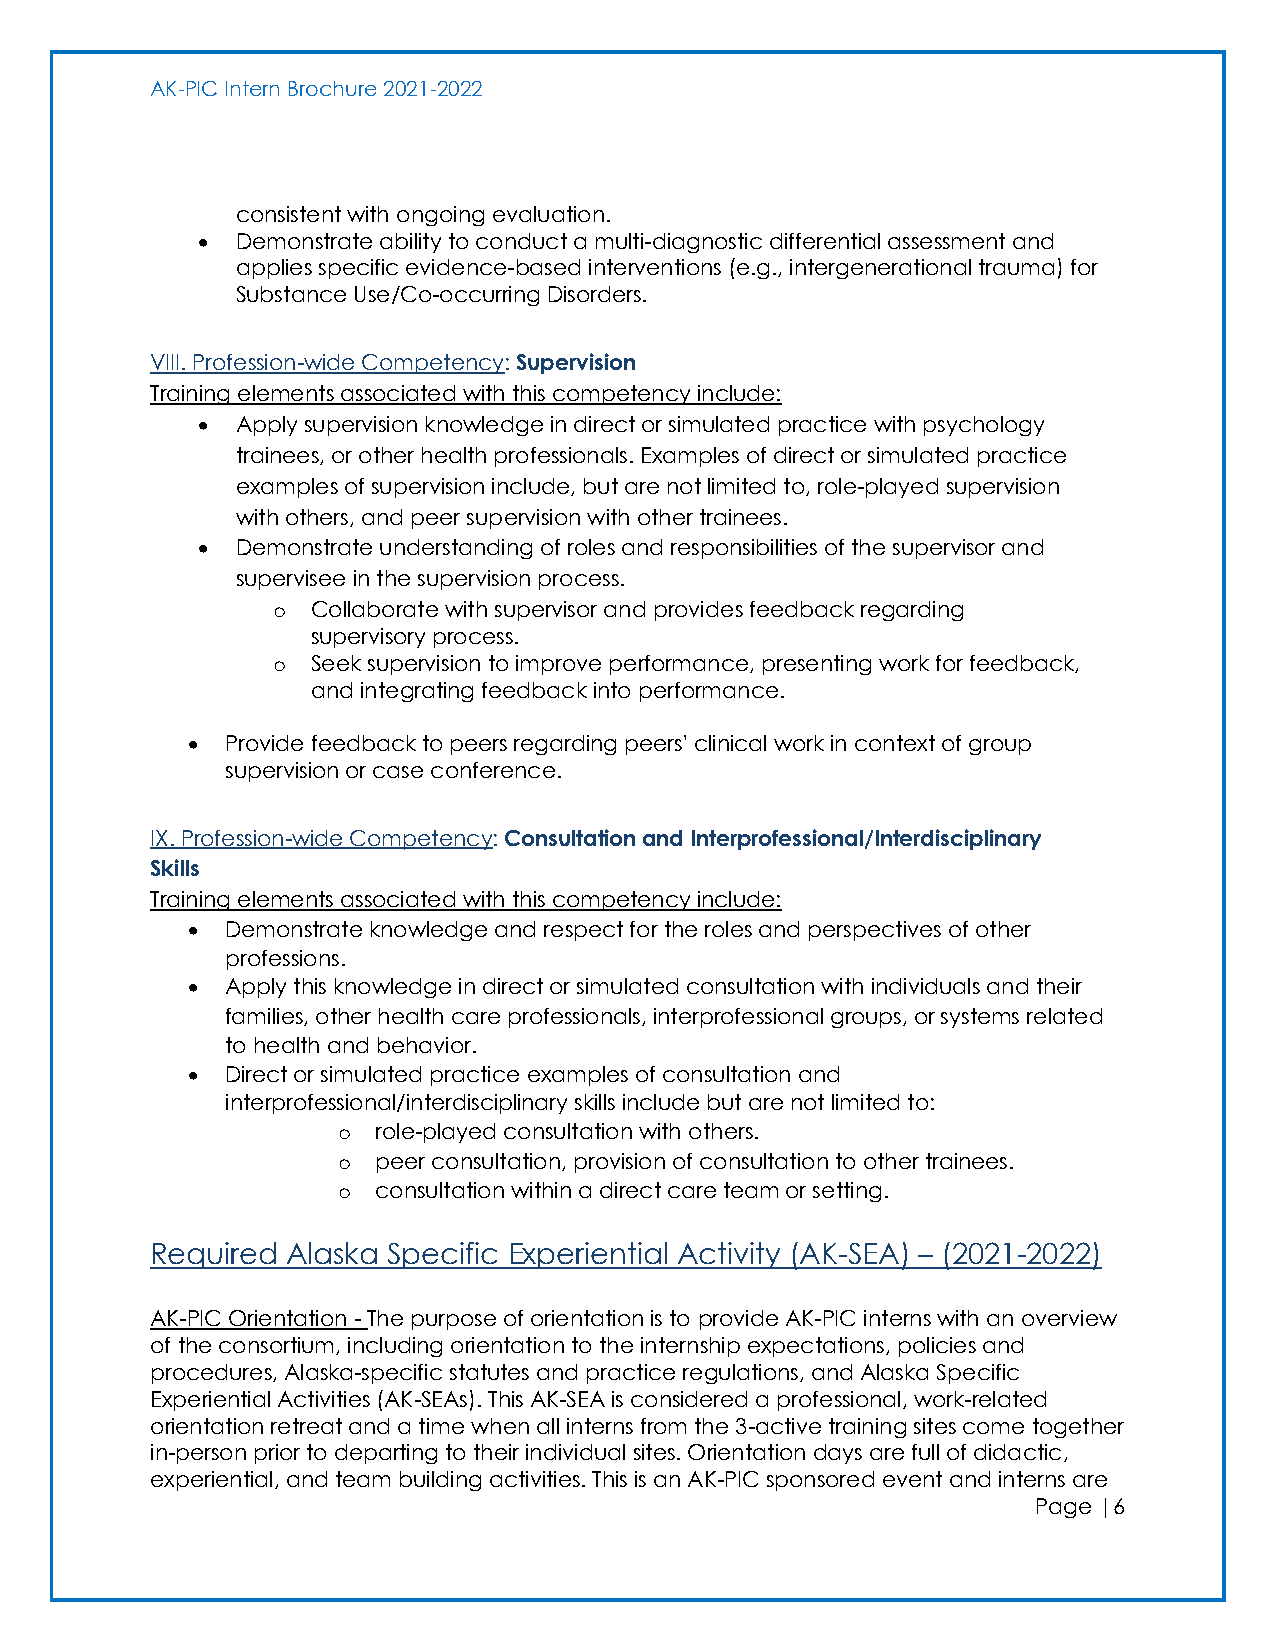
AK-PIC Intern Brochure 2021-2022
 consistent with ongoing evaluation.
 •  Demonstrate ability to conduct a multi-diagnostic differential assessment and
 applies specific evidence-based interventions (e.g., intergenerational trauma) for
 Substance Use/Co-occurring Disorders.
 VIII. Profession-wide Competency: Supervision
 Training elements associated with this competency include:
 •  Apply supervision knowledge in direct or simulated practice with psychology
 trainees, or other health professionals. Examples of direct or simulated practice
 examples of supervision include, but are not limited to, role-played supervision
 with others, and peer supervision with other trainees.
 •  Demonstrate understanding of roles and responsibilities of the supervisor and
 supervisee in the supervision process.
 o  Collaborate with supervisor and provides feedback regarding
 supervisory process.
 o  Seek supervision to improve performance, presenting work for feedback,
 and integrating feedback into performance.
 •  Provide feedback to peers regarding peers' clinical work in context of group
 supervision or case conference.
 IX. Profession-wide Competency: Consultation and Interprofessional/Interdisciplinary
 Skills
 Training elements associated with this competency include:
 •  Demonstrate knowledge and respect for the roles and perspectives of other
 professions.
 •  Apply this knowledge in direct or simulated consultation with individuals and their
 families, other health care professionals, interprofessional groups, or systems related
 to health and behavior.
 •  Direct or simulated practice examples of consultation and
 interprofessional/interdisciplinary skills include but are not limited to:
 o  role-played consultation with others.
 o  peer consultation, provision of consultation to other trainees.
 o  consultation within a direct care team or setting.
 Required Alaska Specific Experiential Activity (AK-SEA) – (2021-2022)
 AK-PIC Orientation - The purpose of orientation is to provide AK-PIC interns with an overview
 of the consortium, including orientation to the internship expectations, policies and
 procedures, Alaska-specific statutes and practice regulations, and Alaska Specific
 Experiential Activities (AK-SEAs). This AK-SEA is considered a professional, work-related
 orientation retreat and a time when all interns from the 3-active training sites come together
 in-person prior to departing to their individual sites. Orientation days are full of didactic,
 experiential, and team building activities. This is an AK-PIC sponsored event and interns are
 Page |6